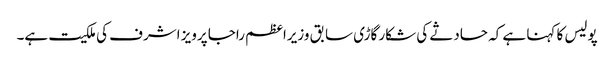
پولیس کا کہنا ہے کہ حادثے کی شکار گاڑی سابق وزیراعظم راجا پرویز اشرف کی ملکیت ہے۔